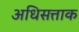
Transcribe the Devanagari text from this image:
अधिसत्ताक